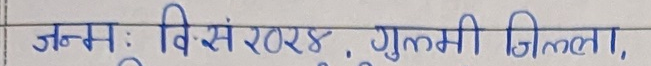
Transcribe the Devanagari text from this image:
जन्म: वि.सं. २०४४, गुल्मी जिल्ला,